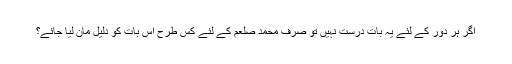
اگر ہر دور کے لئے یہ بات درست نہیں تو صرف محمد صلعم کے لئے کس طرح اس بات کو دلیل مان لیا جائے؟